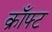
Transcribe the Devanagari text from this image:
क्राँफ्ट